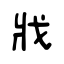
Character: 戕